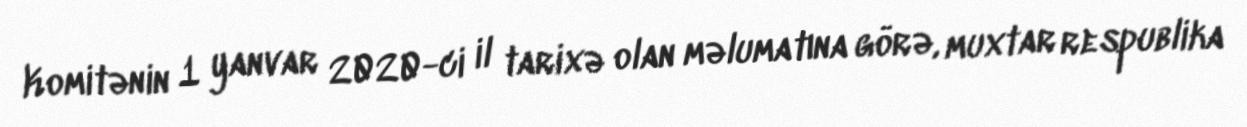
Komitənin 1 yanvar 2020-ci il tarixə olan məlumatına görə, muxtar respublika